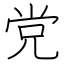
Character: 党